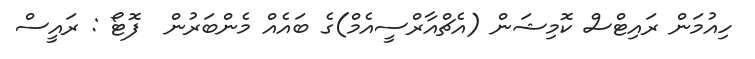
ހިއުމަން ރައިޓްސް ކޮމިޝަން (އެޗްއާރްސީއެމް)ގެ ބައެއް މެންބަރުން  ފޮޓޯ : ރައީސް